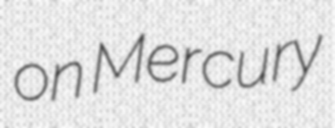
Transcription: on Mercury